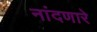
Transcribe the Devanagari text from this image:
नांदणारे